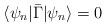
LaTeX: \begin{align*}\langle \psi_{n}|\bar{\Gamma}|\psi_{n}\rangle=0\end{align*}